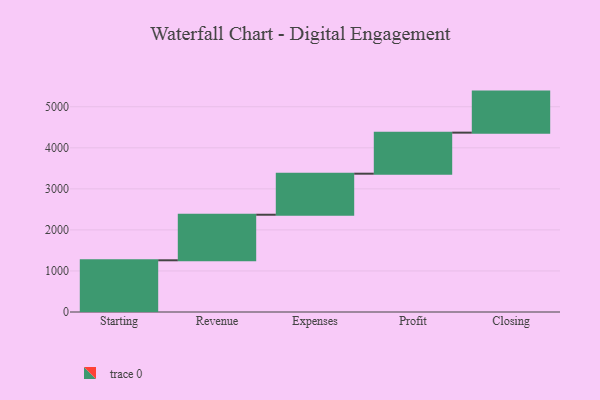
{"axis": {"x": "Step", "y": "Value"}, "legend": [""], "data": [{"x": "Starting", "y": 1260.0, "type": ""}, {"x": "Revenue", "y": 1110.0, "type": ""}, {"x": "Expenses", "y": 1000, "type": ""}, {"x": "Profit", "y": 1000, "type": ""}, {"x": "Closing", "y": 1000, "type": ""}]}